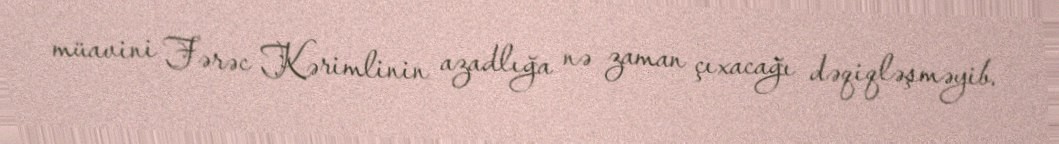
müavini Fərəc Kərimlinin azadlığa nə zaman çıxacağı dəqiqləşməyib.